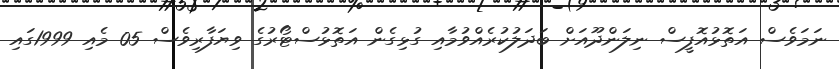
ނަމަވެސް އަތޮޅުއޮފީސް ނިލަންދޫއަށް ބަދަލުކުރެއްވުމާއި ގުޅިގެން އަތޮޅުސްޓޯރުގެ ވިޔަފާރިވެސް 05 މެއި 1999ގައި